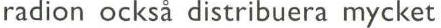
radion också distribuera mycket